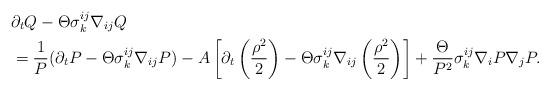
LaTeX: \begin{align*}&\partial_{t}Q-\Theta\sigma^{ij}_{k}\nabla_{ij}Q\\&=\frac{1}{P}(\partial_{t}P-\Theta\sigma^{ij}_{k}\nabla_{ij}P)-A\left[\partial_{t}\left(\frac{\rho^{2}}{2}\right)-\Theta\sigma^{ij}_{k}\nabla_{ij}\left(\frac{\rho^{2}}{2}\right)\right]+\frac{\Theta}{P^{2}}\sigma^{ij}_{k}\nabla_{i}P\nabla_{j}P.\end{align*}